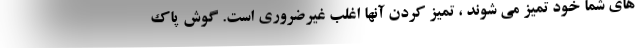
های شما خود تمیز می شوند ، تمیز کردن آنها اغلب غیرضروری است. گوش پاک